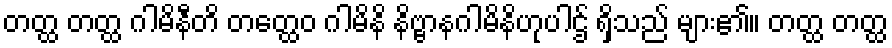
တတ္ထ တတ္ထ ဂါမိနီတိ တတ္ထေဝ ဂါမိနိ နိဗ္ဗာနဂါမိနိဟုပါဌ် ရှိသည် များ၏။ တတ္ထ တတ္ထ